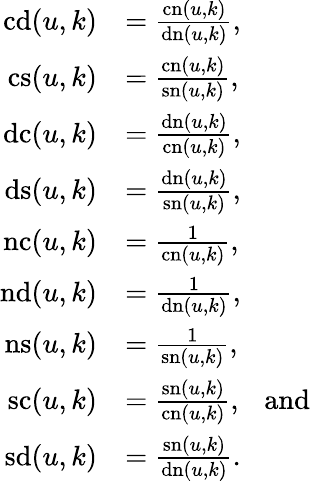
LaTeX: \begin{array}{rl}{\mathrm{cd}(u,k)}&{=\frac{\mathrm{cn}(u,k)}{\mathrm{dn}(u,k)},}\\ {\mathrm{cs}(u,k)}&{=\frac{\mathrm{cn}(u,k)}{\mathrm{sn}(u,k)},}\\ {\mathrm{dc}(u,k)}&{=\frac{\mathrm{dn}(u,k)}{\mathrm{cn}(u,k)},}\\ {\mathrm{ds}(u,k)}&{=\frac{\mathrm{dn}(u,k)}{\mathrm{sn}(u,k)},}\\ {\mathrm{nc}(u,k)}&{=\frac{1}{\mathrm{cn}(u,k)},}\\ {\mathrm{nd}(u,k)}&{=\frac{1}{\mathrm{dn}(u,k)},}\\ {\mathrm{ns}(u,k)}&{=\frac{1}{\mathrm{sn}(u,k)},}\\ {\mathrm{sc}(u,k)}&{=\frac{\mathrm{sn}(u,k)}{\mathrm{cn}(u,k)},\ \ \ \mathrm{and}}\\ {\mathrm{sd}(u,k)}&{=\frac{\mathrm{sn}(u,k)}{\mathrm{dn}(u,k)}.}\end{array}